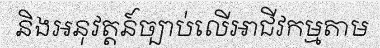
និងអនុវត្តន៍ច្បាប់លើអាជីវកម្មតាម